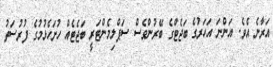
އަރާނެ އެެވެ. އަންނަ އަހަރުގެ ބަޖެޓްގެ ބޭރުންވެސް ސަޕްލިމެންޓަރީ ބަޖެޓެއް ހުށަހެޅުމުގެ ފުރުސަތު